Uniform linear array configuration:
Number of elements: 32
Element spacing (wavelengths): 1
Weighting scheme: uniform
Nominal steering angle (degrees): -30
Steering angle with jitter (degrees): -31.929
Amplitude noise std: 0.05
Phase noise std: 0.05

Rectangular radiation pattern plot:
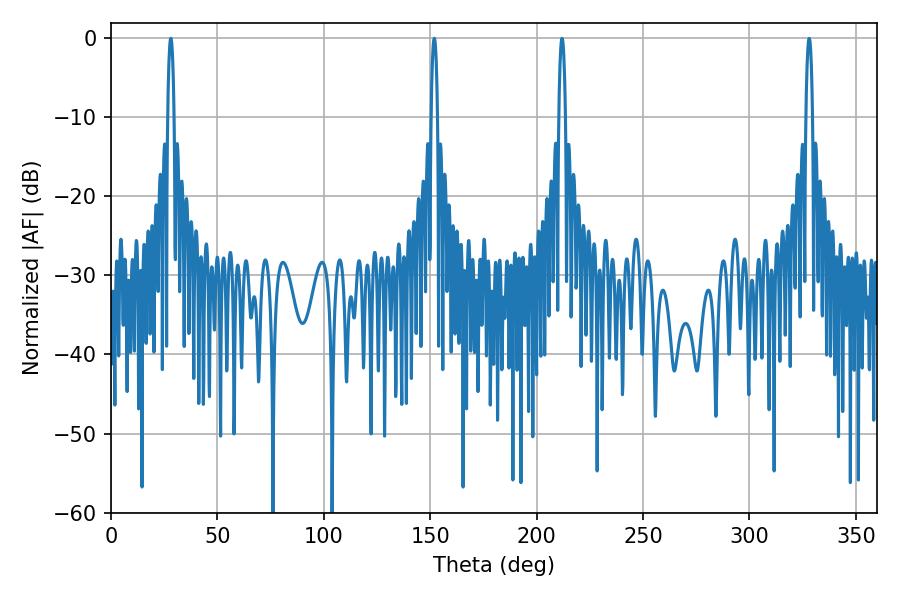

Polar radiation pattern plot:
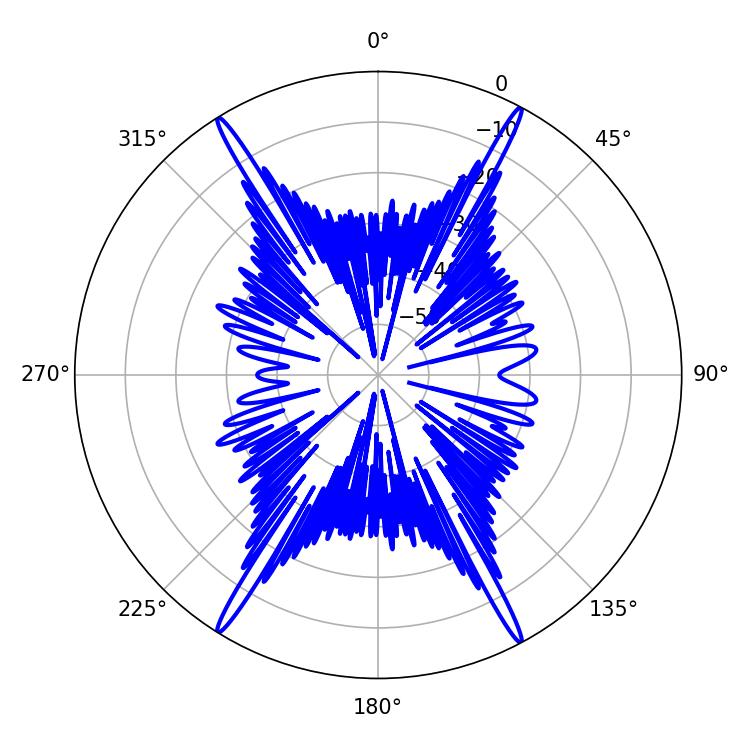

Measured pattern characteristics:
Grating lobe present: TRUE
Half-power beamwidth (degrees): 1.62
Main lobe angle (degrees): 28.08